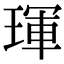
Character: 琿